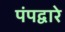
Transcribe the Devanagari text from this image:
पंपद्वारे